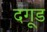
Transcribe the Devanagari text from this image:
दगूड